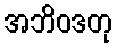
အဘိဝဒတု